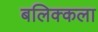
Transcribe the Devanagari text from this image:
बलिक्कला